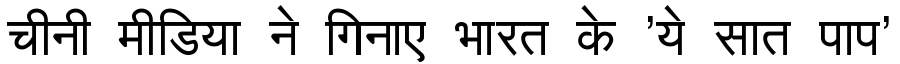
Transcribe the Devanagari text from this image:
चीनी मीडिया ने गिनाए भारत के 'ये सात पाप'